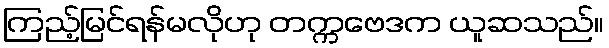
ကြည့်မြင်ရန်မလိုဟု တက္ကဗေဒက ယူဆသည်။